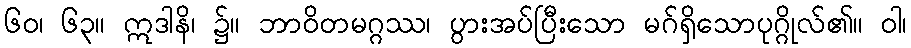
၆၀၊ ၆၃။ ဣဒါနိ၊ ၌။ ဘာဝိတမဂ္ဂဿ၊ ပွားအပ်ပြီးသော မဂ်ရှိသောပုဂ္ဂိုလ်၏။ ဝါ၊